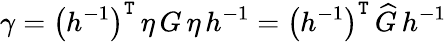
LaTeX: \gamma=\left(h^{-1}\right)^{\mathtt{T}}\, \eta\, G\, \eta\, h^{-1}=\left(h^{-1}\right)^{\mathtt{T}}\, \widehat{{G}}\, h^{-1}